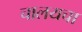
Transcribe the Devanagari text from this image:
चालयचा